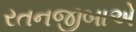
રતનજીબાએ